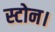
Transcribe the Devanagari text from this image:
स्टोन।